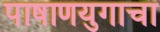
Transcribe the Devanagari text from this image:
पाषाणयुगाचा